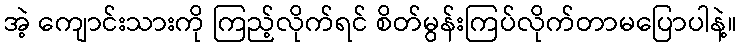
အဲ့ ကျောင်းသားကို ကြည့်လိုက်ရင် စိတ်မွန်းကြပ်လိုက်တာမပြောပါနဲ့။